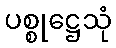
ပစ္စုဋ္ဌေသုံ